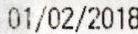
01/02/2018